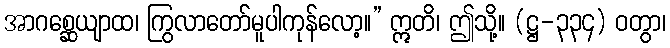
အာဂစ္ဆေယျာထ၊ ကြွလာတော်မူပါကုန်လော့။” ဣတိ၊ ဤသို့။ (ဋ္ဌ-၃၃၄) ဝတွာ၊